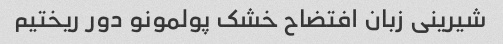
شیرینی زبان افتضاح خشک پولمونو دور ریختیم